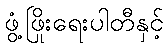
ဖွံ့ဖြိုးရေးပါတီနှင့်